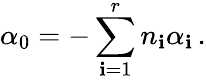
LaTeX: \alpha_{0}=-\sum_{\mathbf{i}=1}^{r}n_{\mathbf{i}}\alpha_{\mathbf{i}}\, .